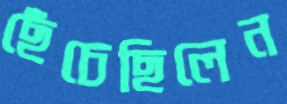
ছেঁচেছিলেন